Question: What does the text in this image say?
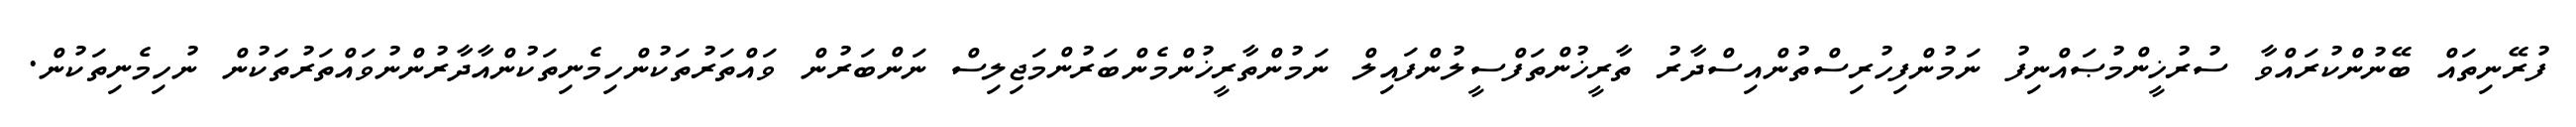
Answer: ފުރޭނިތައް ބޭނުންކުރައްވާ ސުރުޚީންމުޞައްނިފު ނަމުންފިހުރިސްތުންއިސްދާރު ތާރީޚުންތަފްސީލުންފައިލް ނަމުންތާރީޚުންމެންބަރުންމަޖިލިސް ނަންބަރުން ވައްތަރުތަކުންހިމެނިތަކުންއާދާރުންނުވައްތަރުތަކުން ނުހިމެނިތަކުން.